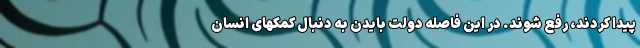
پیدا کردند، رفع شوند. در این فاصله دولت بایدن به دنبال کمکهای انسان